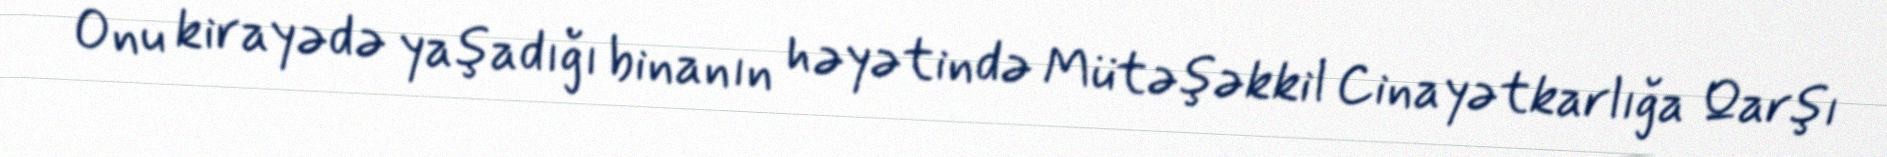
Onu kirayədə yaşadığı binanın həyətində Mütəşəkkil Cinayətkarlığa Qarşı